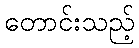
တောင်းသည့်